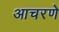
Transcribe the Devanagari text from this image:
आचरणे